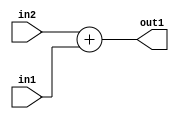
`timescale 1ps / 1ps
/*****************************************************************************
    Verilog RTL Description
    
    
    Created by: CellMath Designer 2019.1.01 
*******************************************************************************/

module finish_gen_Add_8Ux1U_8U_4_0 (
	in2,
	in1,
	out1
	); /* architecture "behavioural" */ 
input [7:0] in2;
input  in1;
output [7:0] out1;
wire [7:0] asc001;

assign asc001 = 
	+(in2)
	+(in1);

assign out1 = asc001;
endmodule

/* CADENCE  urn4SAg= : u9/ySgnWtBlWxVPRXgAZ4Og= ** DO NOT EDIT THIS LINE ******/